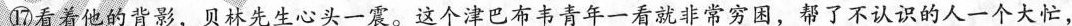
⑰看着他的背影，贝林先生心头一震。这个津巴布青年一看就非常穷困，帮了不认识的人一个大忙，